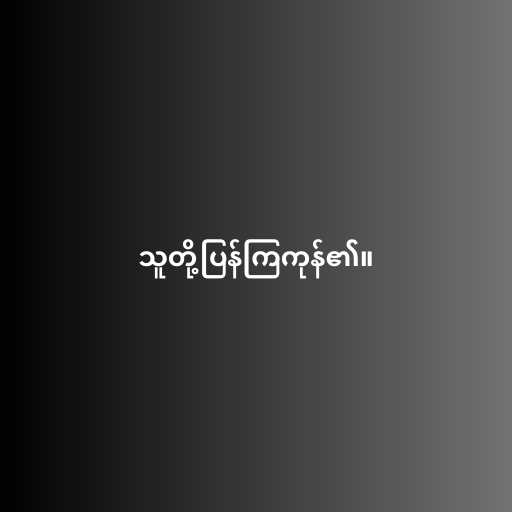
သူတို့ပြန်ကြကုန်၏။